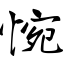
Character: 惋